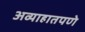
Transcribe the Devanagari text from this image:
अव्याहातपणे